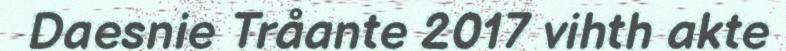
Daesnie Tråante 2017 vihth akte